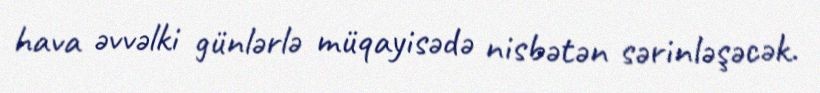
hava əvvəlki günlərlə müqayisədə nisbətən sərinləşəcək.